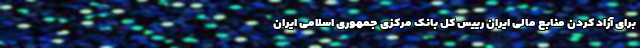
برای آزاد کردن منابع مالی ایران رییس کل بانک مرکزی جمهوری اسلامی ایران